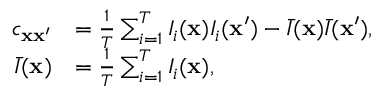
\begin{array} { r l } { c _ { { \bf x x } ^ { \prime } } } & { = \frac { 1 } { T } \sum _ { i = 1 } ^ { T } I _ { i } ( { \bf x } ) I _ { i } ( { \bf x } ^ { \prime } ) - \bar { I } ( { \bf x } ) \bar { I } ( { \bf x } ^ { \prime } ) , } \\ { \bar { I } ( { \bf x } ) } & { = \frac { 1 } { T } \sum _ { i = 1 } ^ { T } I _ { i } ( { \bf x } ) , } \end{array}